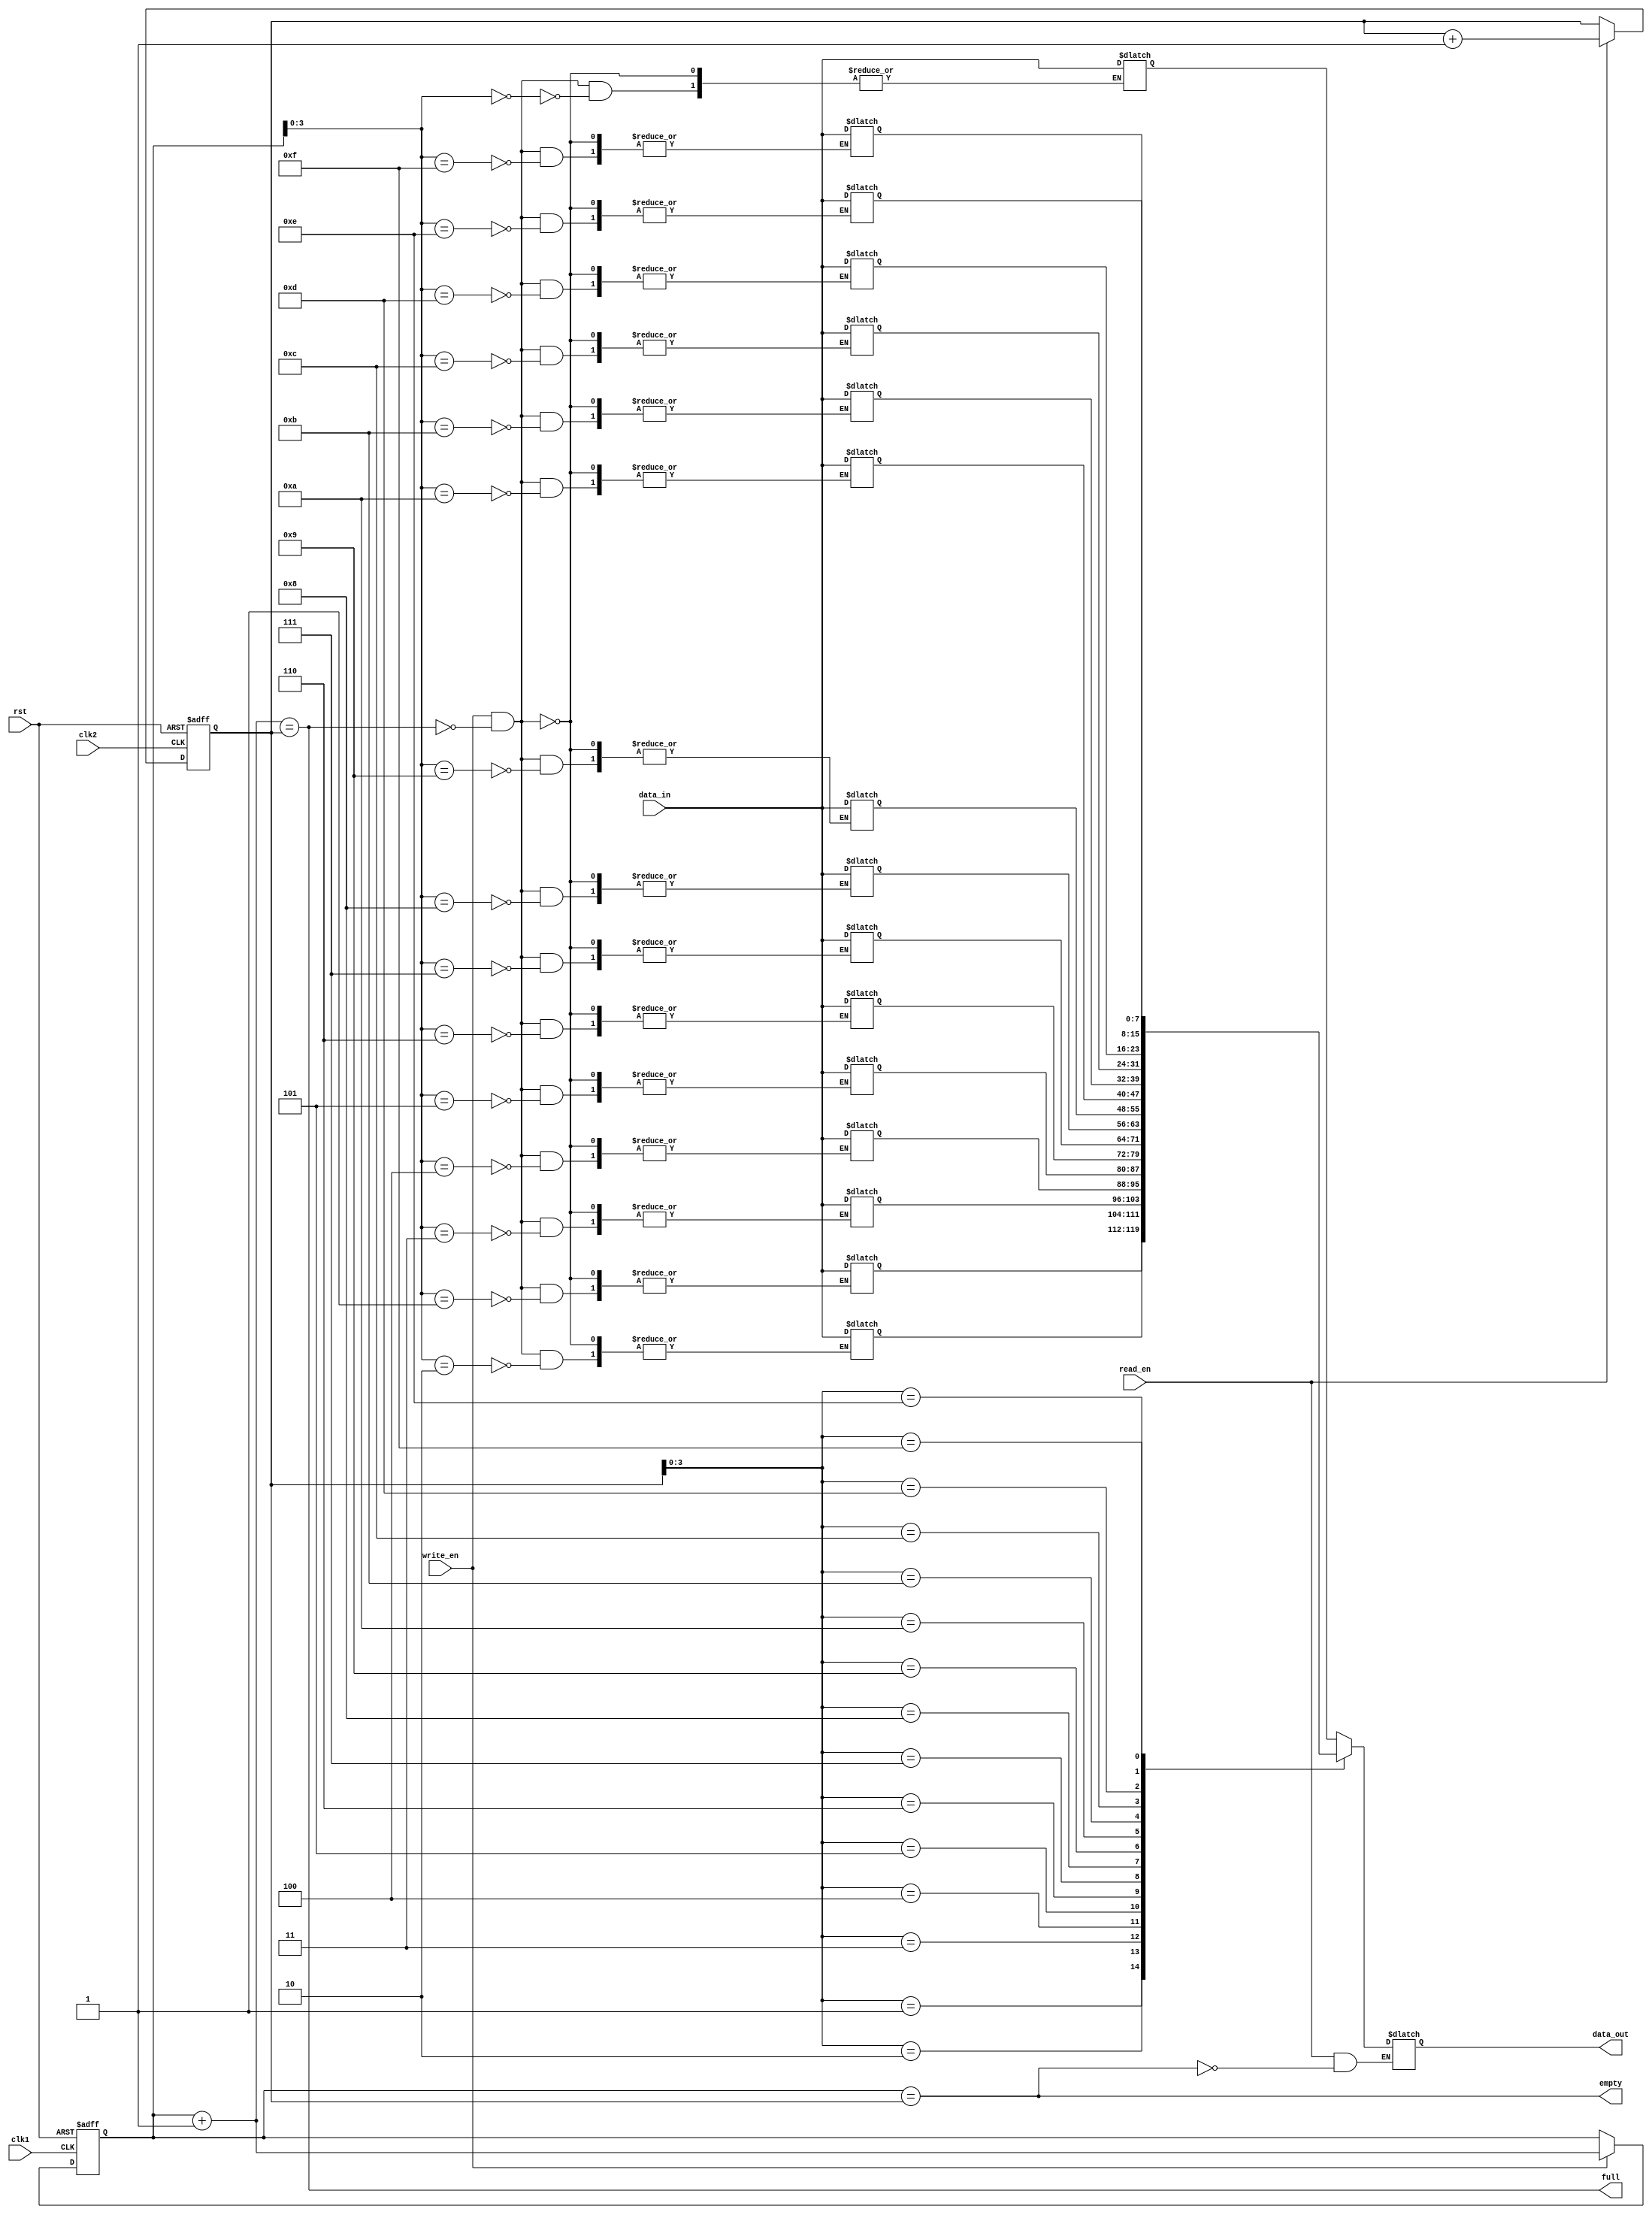
module DualPortFIFO (
    input wire clk1, // Clock signal for port 1
    input wire clk2, // Clock signal for port 2
    input wire rst, // Reset signal
    input wire write_en, // Write enable signal
    input wire read_en, // Read enable signal
    input wire [DATA_WIDTH-1:0] data_in, // Input data signal
    output reg [DATA_WIDTH-1:0] data_out, // Output data signal
    output reg full, // Full flag signal
    output reg empty // Empty flag signal
);

parameter DATA_WIDTH = 8; // Data width of the FIFO buffer
parameter DEPTH = 16; // Depth of the FIFO buffer

reg [DATA_WIDTH-1:0] fifo [0:DEPTH-1]; // FIFO buffer memory
reg [DATA_WIDTH-1:0] read_ptr = 0; // Read pointer
reg [DATA_WIDTH-1:0] write_ptr = 0; // Write pointer
wire [DATA_WIDTH-1:0] next_write_ptr;
wire [DATA_WIDTH-1:0] next_read_ptr;
wire [DATA_WIDTH-1:0] read_data;

// Timing control and synchronization logic
always @(posedge clk1 or posedge rst) begin
    if (rst) begin
        write_ptr <= 0;
    end else if (write_en) begin
        write_ptr <= next_write_ptr;
    end
end

always @(posedge clk2 or posedge rst) begin
    if (rst) begin
        read_ptr <= 0;
    end else if (read_en) begin
        read_ptr <= next_read_ptr;
    end
end

assign next_write_ptr = write_ptr + 1;
assign next_read_ptr = read_ptr + 1;

// FIFO buffer logic
always @(*) begin
    full = (next_write_ptr == read_ptr);
    empty = (write_ptr == read_ptr);
    
    if (write_en && !full) begin
        fifo[write_ptr] <= data_in;
    end
    
    if (read_en && !empty) begin
        read_data <= fifo[read_ptr];
    end
end

assign data_out = read_data;

endmodule